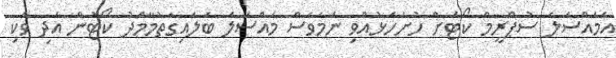
އެމައްސަލަ ސުޕްރީމް ކޯޓަށް ހުށަހެޅުއްވި ނަމަވެސް މައްސަލަ ބަލައިގަތުމާމެދު ކޯޓުން އަދި ވަކި